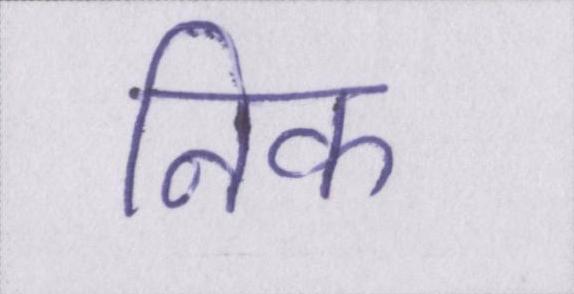
निक